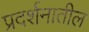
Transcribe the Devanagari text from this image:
प्रदर्शनातील